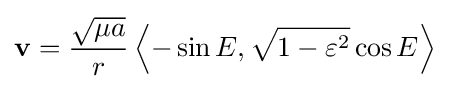
\mathbf {v} ={\frac {\sqrt {\mu a}}{r}}\left\langle -\sin {E},{\sqrt {1-\varepsilon ^{2}}}\cos {E}\right\rangle